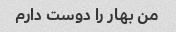
من بهار را دوست دارم